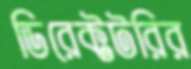
ডিরেক্টটরির